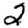
Digit: 2